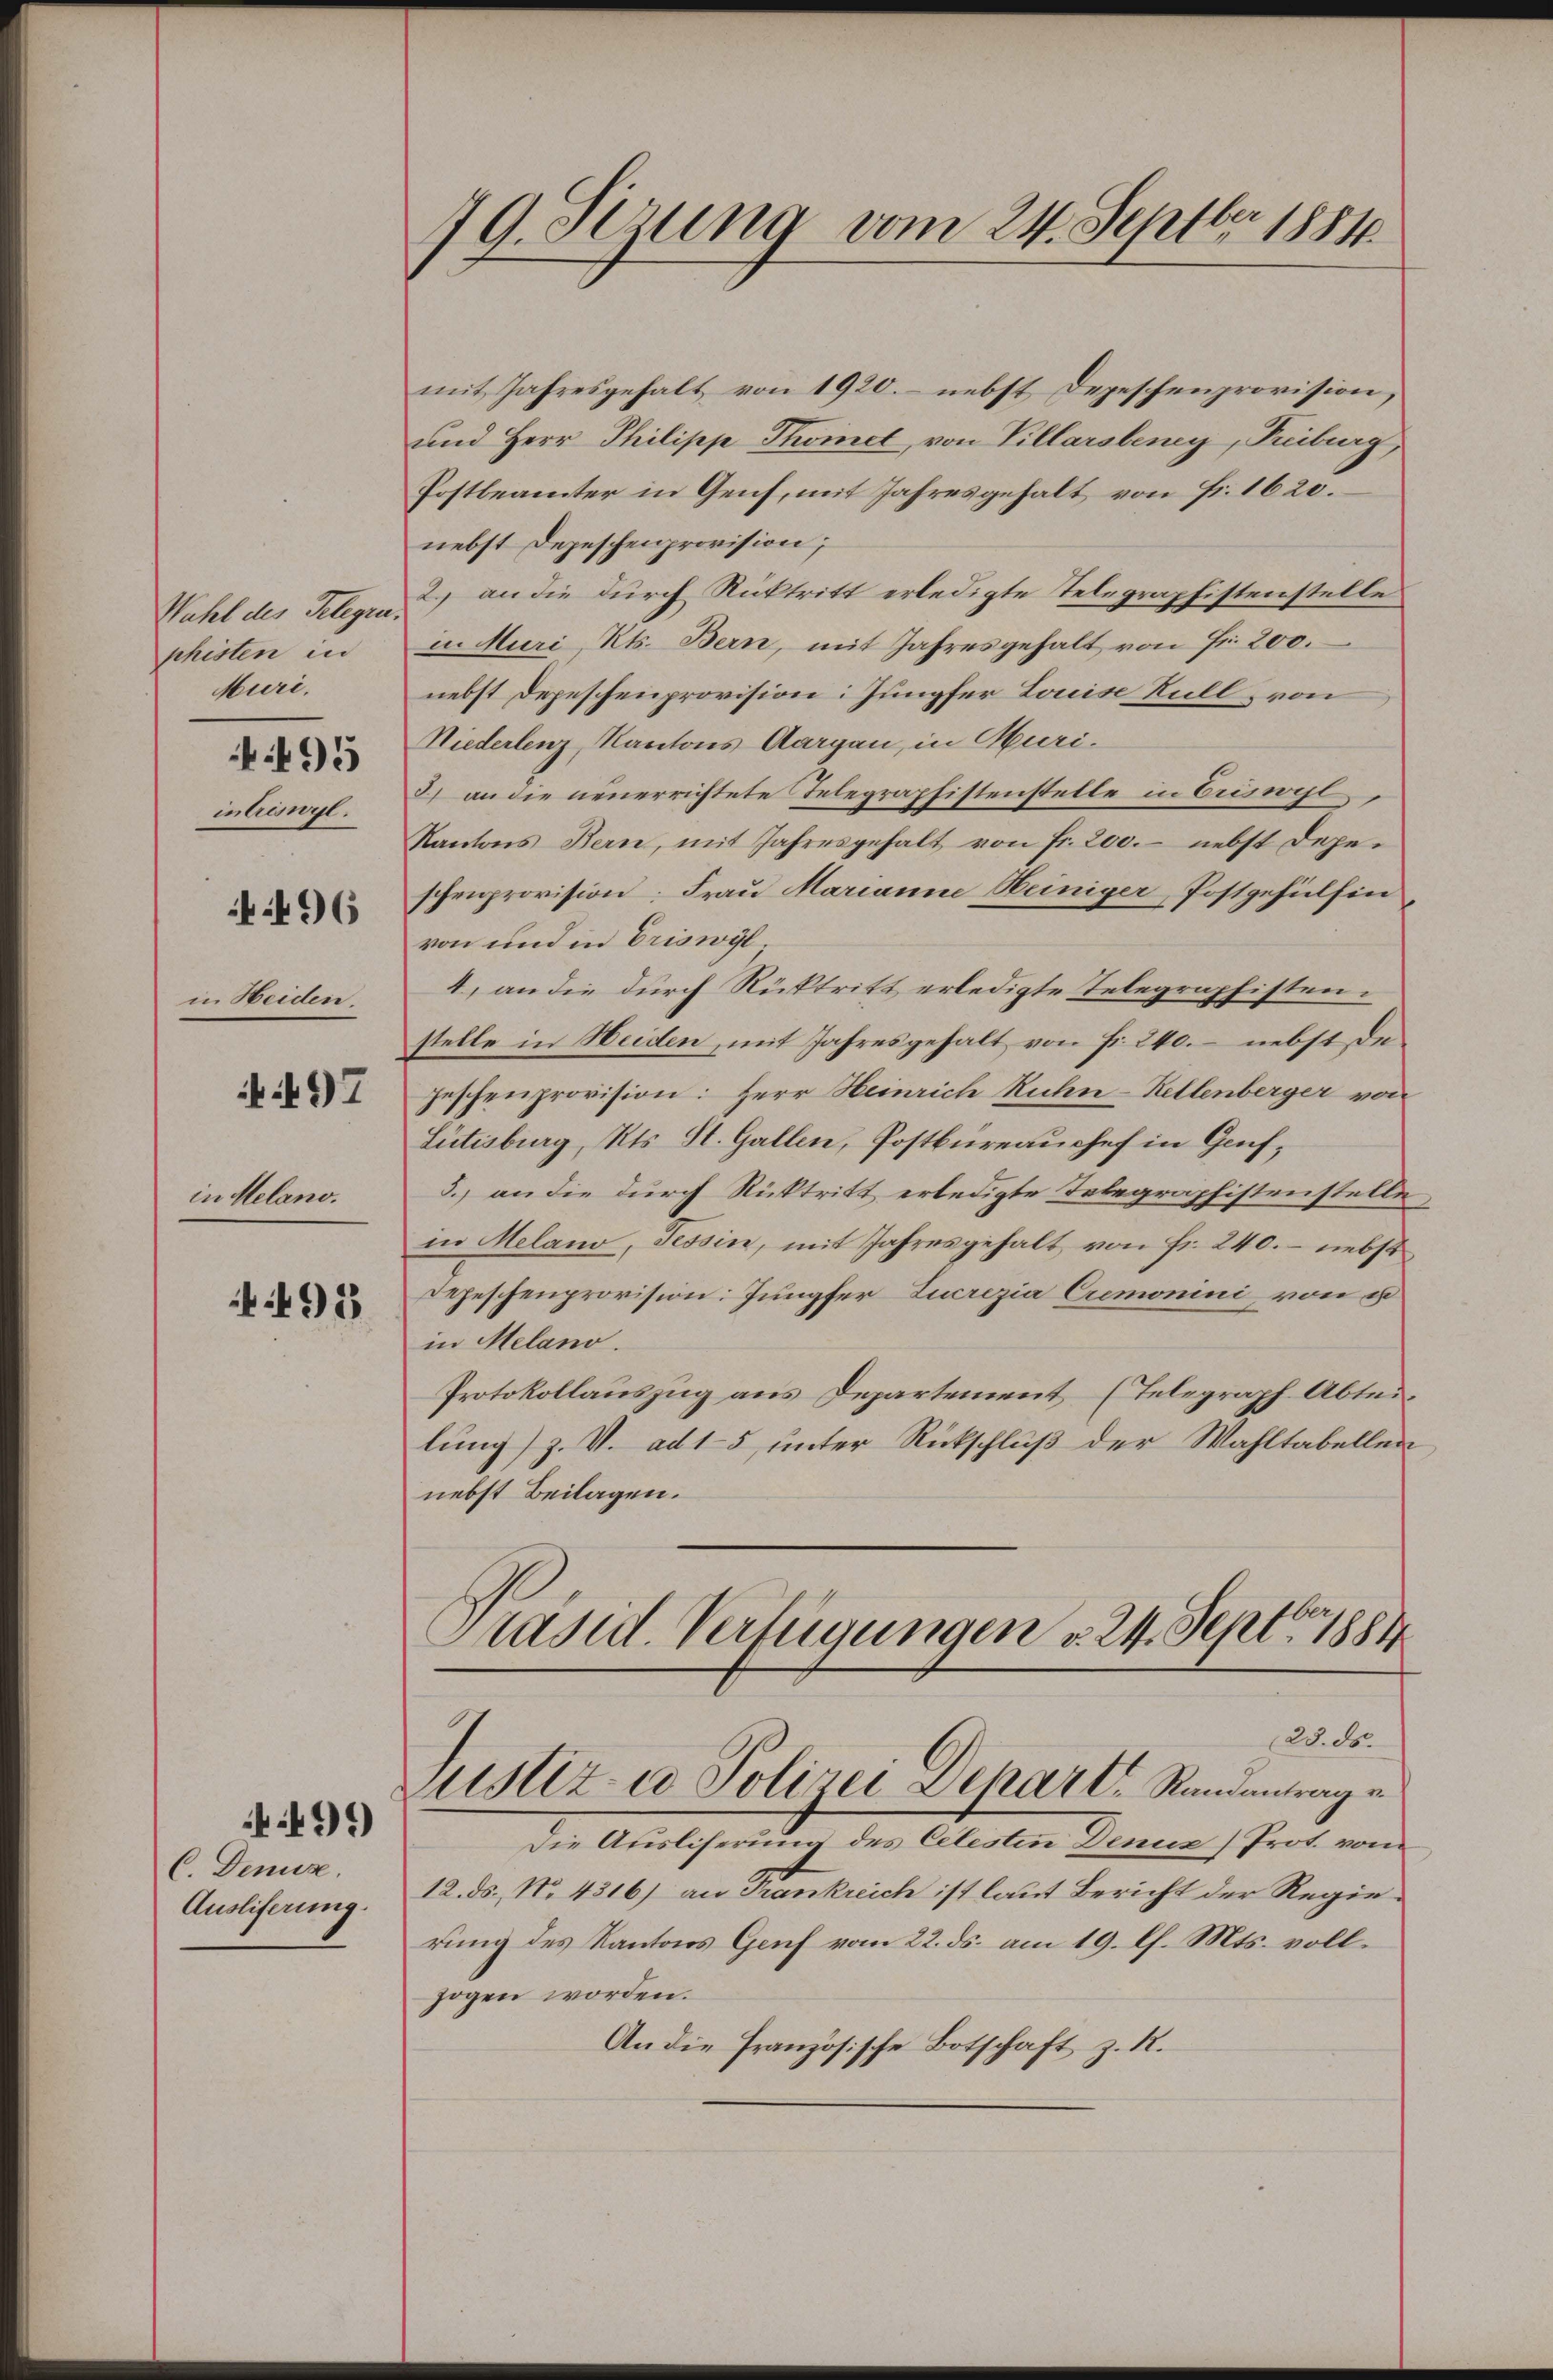
Wahl des Telegra
phisten in
Muri,

495

intriswyl.

496

in Heiden.

497

in Melano.

93

4499

C. Denuz.
Auslieferung.

79. Sezung vom 24. Septbr 1884.

mit Jahresgehalt von 1920.- nebst Depeschenprovision,
und Herr Philipp Thomet, von Villarsberey, Priburg,
Postbeamter in Genf, mit Jahresgehalt von Fr. 1620.
nebst Depeschenprovision;
2.) an die durch Rücktritt erledigte Telegraphistenstelle
i. Muri, Rts. Bern, mit Jahresgehalt von Fr. 200.
nebst Depeschenprovision: Jungfer Louise Rüll, von
Niederlenz, Kantons Aargau, in Muri-
3) an die neuerrichtete Telegraphistenstelle in Erinhl,
Kantons Bern, mit Jahresgehalt von fr. 200. nebst Depeschenprovision: Frau Marianne Heiniger, Postgehülfin
von und in Eriswyl
4. an die durch Rücktritt erledigte Telegraphisten.
stelle in Heiden, mit Jahresgehalt von Fr. 240. nebst de
geschenprovision: Herr Heinrich Ruhn-Kellenberger von
Lütisburg, Kts. St. Gallen, Postbureauchef in Genf,
5.) an die durch Rücktritt erledigte Telegraphistenstelle
in Melano, Tessin, mit Jahresgehalt von Fr. 240. – nebst
Depeschenprovision: Jungfer Lucrizia Cremonini von u
in Melano.
Protokollauszug aus Departement (Telegraph Abteilung) z. V. ad 15, unter Rückschluß der Wahltabellen
nebst Beilagen.
Präsid. Verfügungen v. 24. Sept. 1884
128. d.
Justiz- u Polizei Depart. Randantrag e
Die Auslieferung des Celesten Denuz Prot. vom
12. ds. No. 4316) an Frankreich ist laut Bericht der Regierung des Kantons Genf vom 22. ds. am 19. Ch. Mts. vollzogen worden.
An die Französische Botschaft z. R.